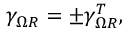
\gamma _ { \Omega R } = \pm \gamma _ { \Omega R } ^ { T } ,